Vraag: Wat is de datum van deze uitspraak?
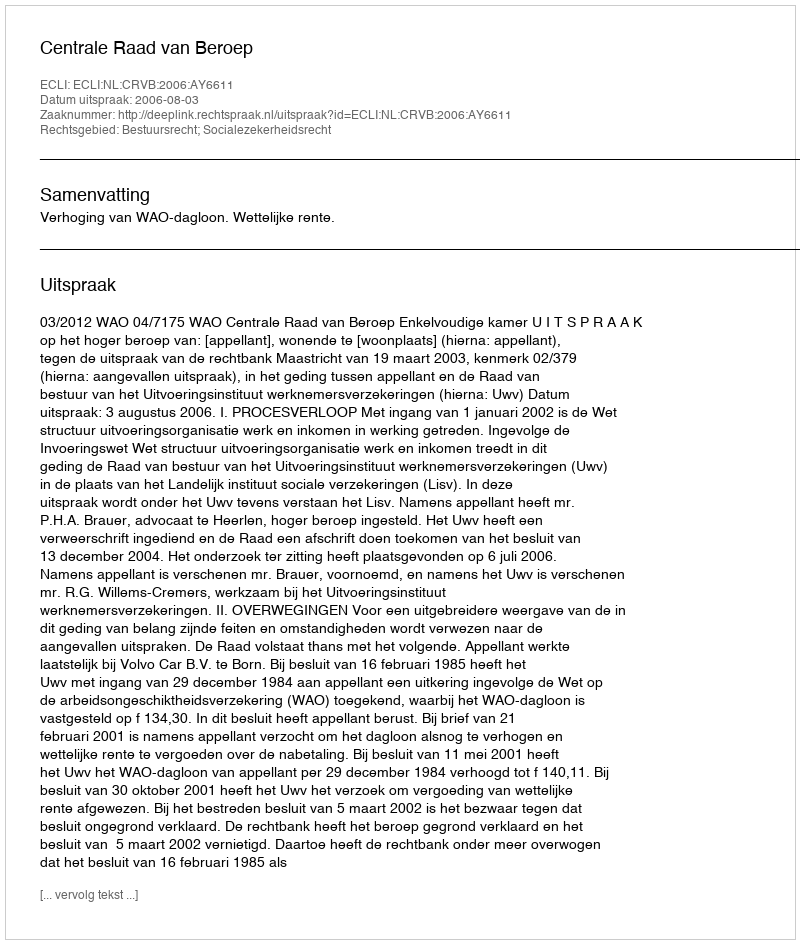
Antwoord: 2006-08-03